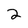
Character: 2